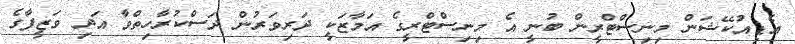
އެޑިއުކޭޝަން މިނިސްޓްރީން ބުނީ އެ މިނިސްޓްރީގެ އަމާޒަކީ ދަރިވަރުން ދަސްކުރާހިތްވާ އަދި ވަޒީފާގެ